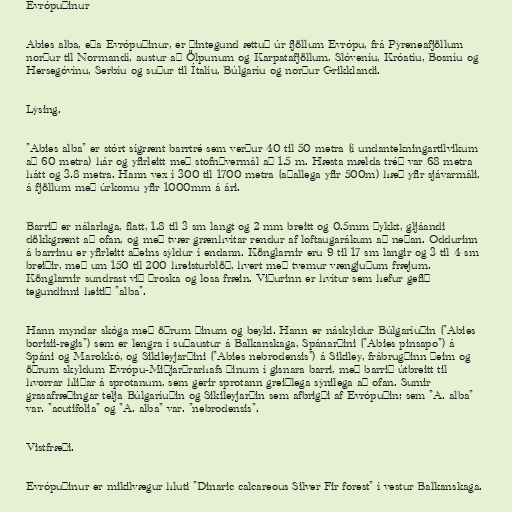
Evrópuþinur

Abies alba, eða Evrópuþinur, er þintegund ættuð úr fjöllum Evrópu, frá Pýreneafjöllum
norður til Normandí, austur að Ölpunum og Karpatafjöllum, Slóveníu, Króatíu, Bosníu og
Hersegóvínu, Serbíu og suður til Ítalíu, Búlgaríu og norður Grikklandi.

Lýsing.

"Abies alba" er stórt sígrænt barrtré sem verður 40 til 50 metra (í undantekningartilvikum
að 60 metra) hár og yfirleitt með stofnþvermál að 1.5 m. Hæsta mælda tréð var 68 metra
hátt og 3.8 metra. Hann vex í 300 til 1700 metra (aðallega yfir 500m) hæð yfir sjávarmáli,
á fjöllum með úrkomu yfir 1000mm á ári.

Barrið er nálarlaga, flatt, 1.8 til 3 sm langt og 2 mm breitt og 0.5mm þykkt, gljáandi
dökkgrænt að ofan, og með tvær grænhvítar rendur af loftaugarákum að neðan. Oddurinn
á barrinu er yfirleitt aðeins sýldur í endann. Könglarnir eru 9 til 17 sm langir og 3 til 4 sm
breiðir, með um 150 til 200 hreisturblöð, hvert með tvemur vængjuðum fræjum.
Könglarnir sundrast við þroska og losa fræin. Viðurinn er hvítur sem hefur gefið
tegundinni heitið "alba".

Hann myndar skóga með öðrum þinum og beyki. Hann er náskyldur Búlgaríuþin ("Abies
borisii-regis") sem er lengra í suðaustur á Balkanskaga, Spánarþini ("Abies pinsapo") á
Spáni og Marokkó, og Sikileyjarþini ("Abies nebrodensis") á Sikiley, frábrugðinn þeim og
öðrum skyldum Evrópu-Miðjarðrarhafs þinum í gisnara barri, með barrið útbreitt til
hvorrar hliðar á sprotanum, sem gerir sprotann greiðlega sýnilega að ofan. Sumir
grasafræðingar telja Búlgaríuþin og Sikileyjarþin sem afbrigði af Evrópuþin; sem "A. alba"
var. "acutifolia" og "A. alba" var. "nebrodensis".

Vistfræði.

Evrópuþinur er mikilvægur hluti "Dinaric calcareous Silver Fir forest" í vestur Balkanskaga.